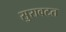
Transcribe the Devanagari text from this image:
सुरावटत